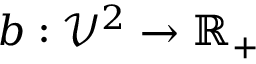
b : \mathcal { V } ^ { 2 } \to \mathbb { R } _ { + }